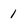
Character: l